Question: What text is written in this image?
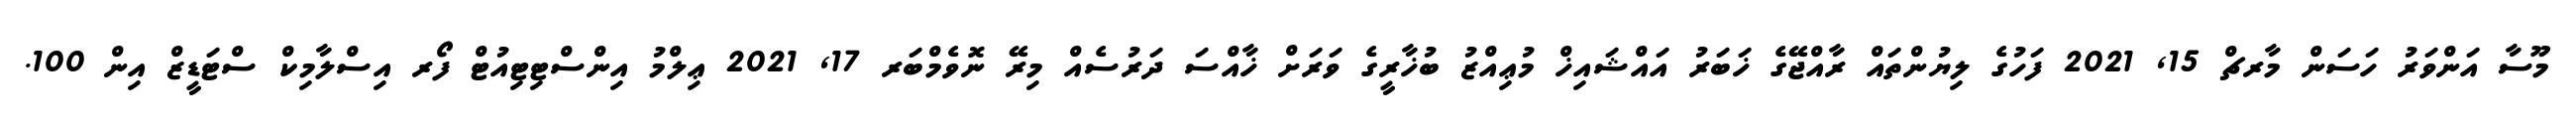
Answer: މޫސާ އަންވަރު ހަސަން މާރޗް 15, 2021 ފަހުގެ ލިޔުންތައް ރާއްޖޭގެ ޚަބަރު އައްޝައިޚް މުޢިއްޒު ބުޚާރީގެ ވަރަށް ޚާއްސަ ދަރުސެއް މިރޭ ނޮވެމްބަރ 17, 2021 ޢިލްމު އިންސްޓިޓިއުޓް ފޯރ އިސްލާމިކް ސްޓަޑީޒް އިން 100.